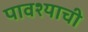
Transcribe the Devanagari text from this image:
पावश्याची